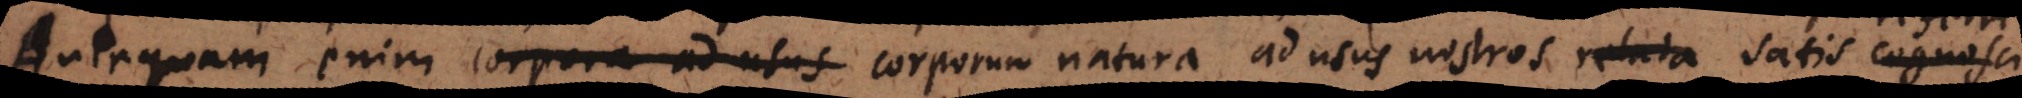
Antequam enim corpora ad usus corporum natura ad usus nostros relata satis cognosci